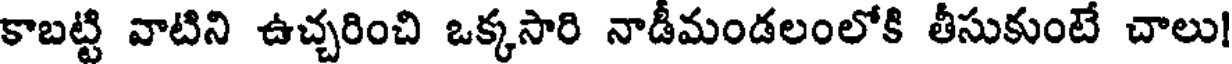
కాబట్టి వాటిని ఉచ్చరించి ఒక్కసారి నాడీమండలంలోకి తీసుకుంటే చాలు